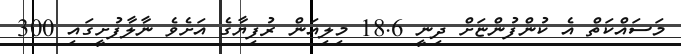
މަސައްކަތް އެ ކުންފުންޏަށް ދިނީ 18.6 މިލިއަން ރުފިޔާގެ އަށެވެ ނާލާފުށީގައި 300